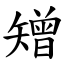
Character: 矰